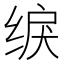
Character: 𫄫